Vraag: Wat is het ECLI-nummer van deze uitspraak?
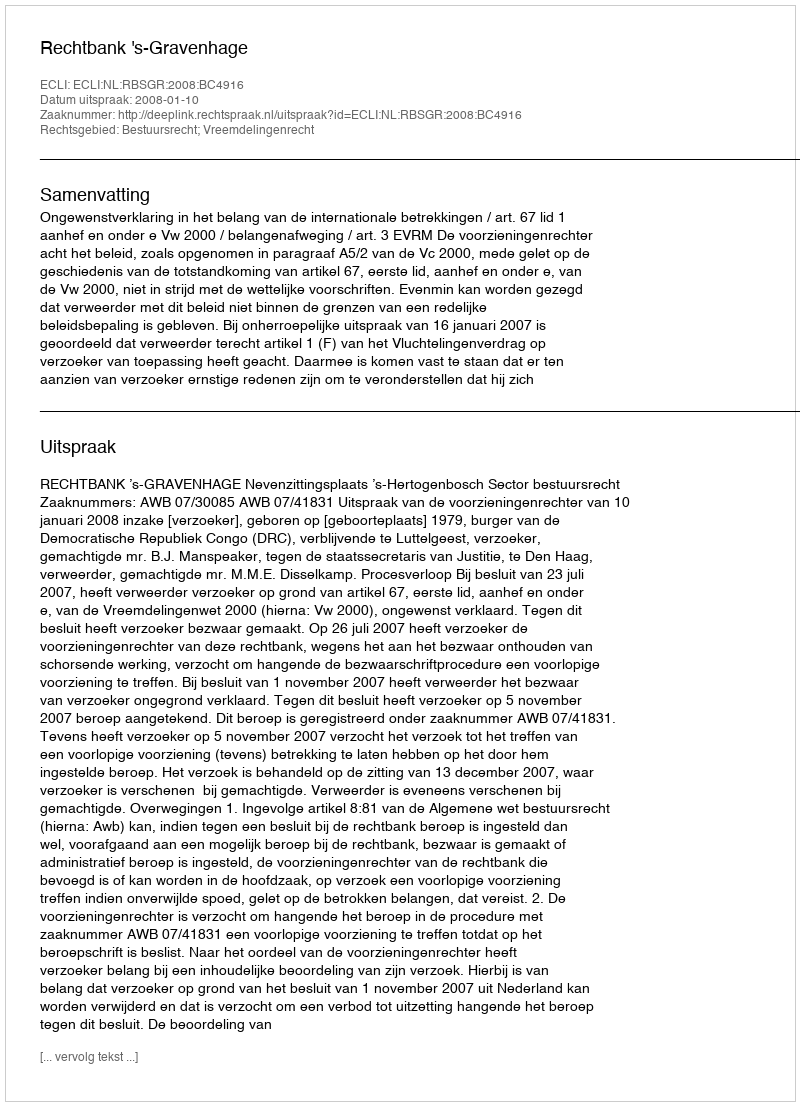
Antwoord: ECLI:NL:RBSGR:2008:BC4916